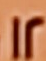
12